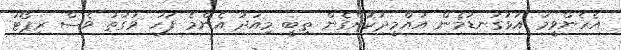
އެހެންވީމަ އަޅުގަނޑުމެން އުއްމީދުކޮށްގެން ތިބީ މިއަދު އެންމެ ފަހު ވަގުތު ވެސް ރިޕޯޓު